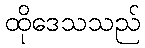
ထိုဒေသသည်